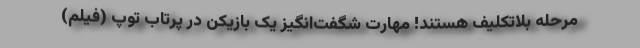
مرحله بلاتکلیف هستند! مهارت شگفت‌انگیز یک بازیکن در پرتاب توپ (فیلم)